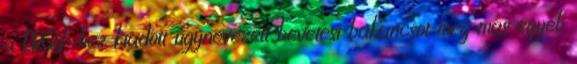
a ERGY-hez kiadott úgynevezett bevetési bakancsot meg más egyéb